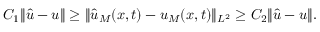
C _ { 1 } \| \hat { \boldsymbol { u } } - \boldsymbol { u } \| \ge \| \hat { u } _ { M } ( \boldsymbol { x } , t ) - u _ { M } ( \boldsymbol { x } , t ) \| _ { L ^ { 2 } } \ge C _ { 2 } \| \hat { \boldsymbol { u } } - \boldsymbol { u } \| .